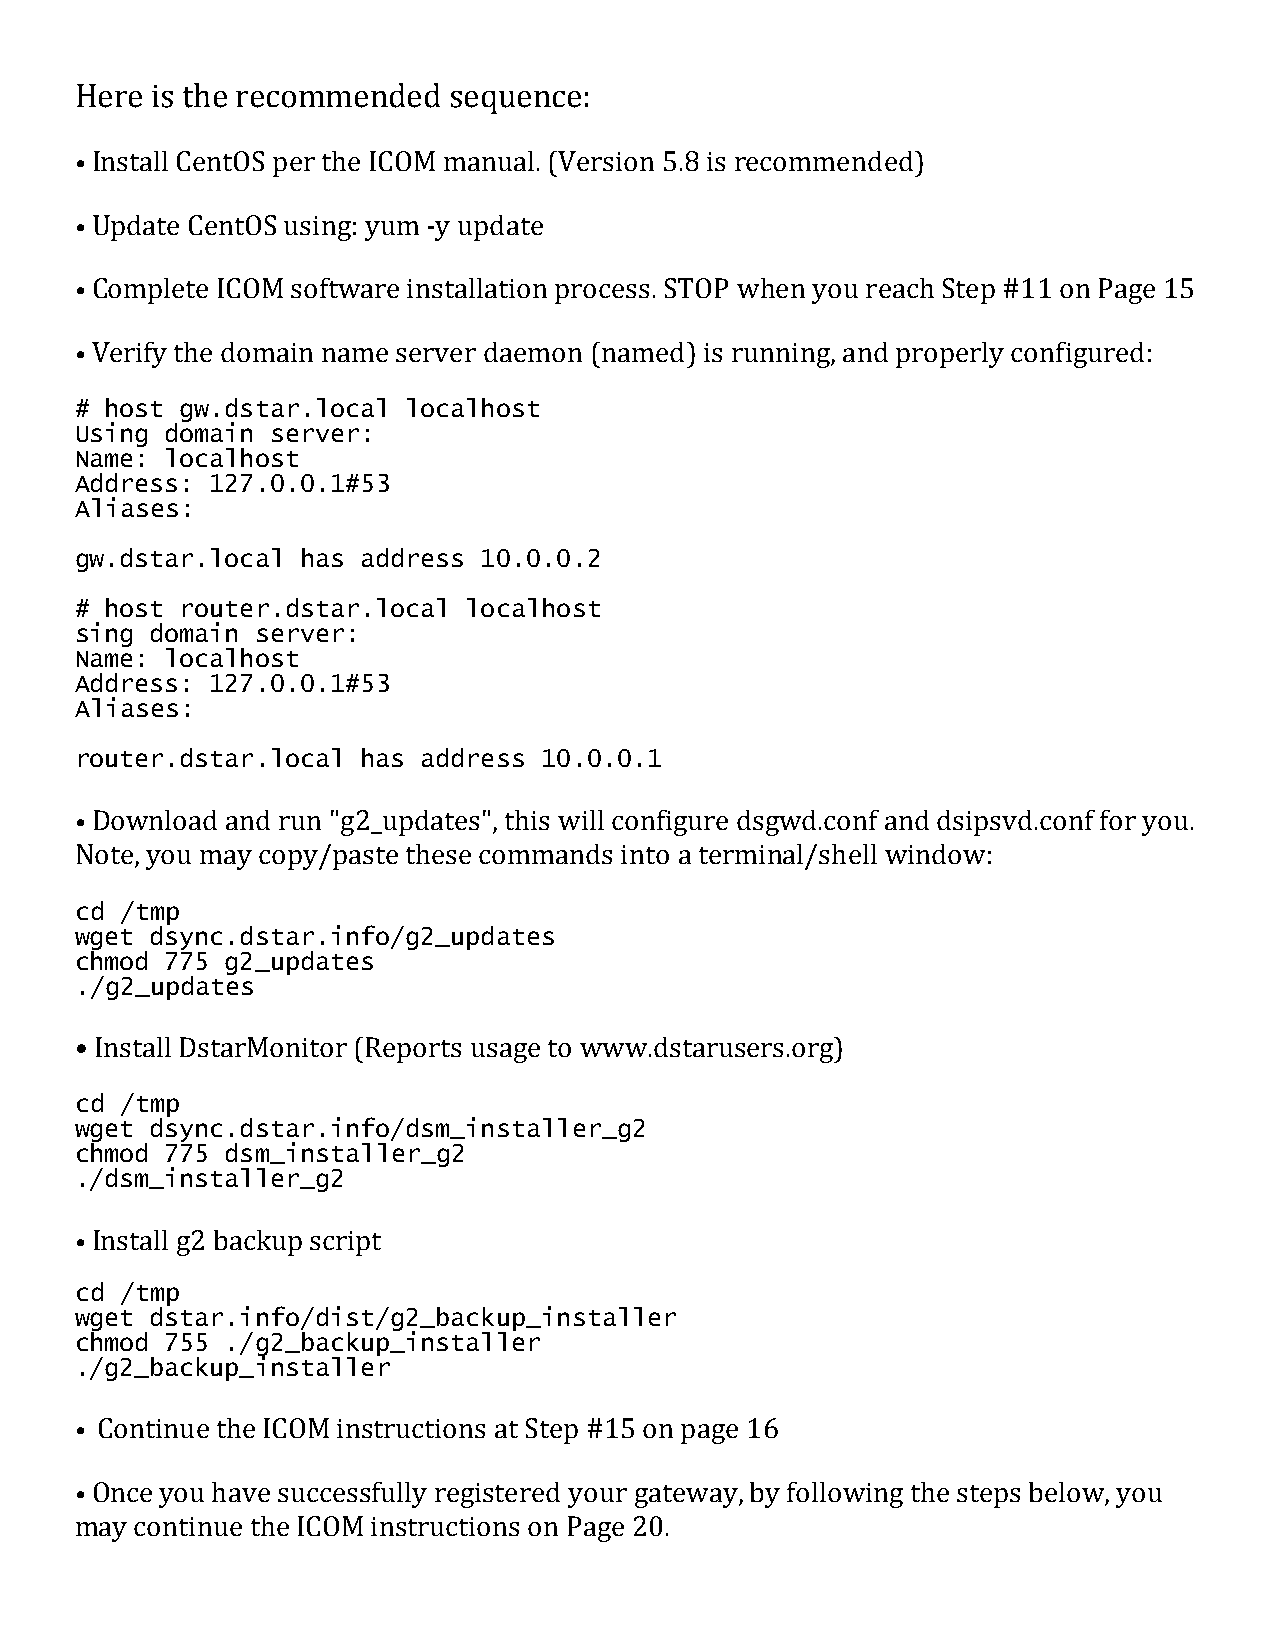
Here is the recommended  sequence:
 • Install CentOS per the ICOM manual. (Version 5.8 is recommended)
 • Update CentOS using: yum -y update
 • Complete ICOM software installation process. STOP when you reach Step #11 on Page 15
 • Verify the domain name server daemon (named) is running, and properly configured:
 # host gw.dstar.local localhost
 Using domain server:
 Name: localhost
 Address: 127.0.0.1#53
 Aliases:
 gw.dstar.local has address 10.0.0.2
 # host router.dstar.local localhost
 sing domain server:
 Name: localhost
 Address: 127.0.0.1#53
 Aliases:
 router.dstar.local has address 10.0.0.1
 • Download and run "g2_updates", this will configure dsgwd.conf and dsipsvd.conf for you.
 Note, you may copy/paste these commands into a terminal/shell window:
 cd /tmp
 wget dsync.dstar.info/g2_updates
 chmod 775 g2_updates
 ./g2_updates
 • Install DstarMonitor (Reports usage to www.dstarusers.org)
 cd /tmp
 wget dsync.dstar.info/dsm_installer_g2
 chmod 775 dsm_installer_g2
 ./dsm_installer_g2
 • Install g2 backup script
 cd /tmp
 wget dstar.info/dist/g2_backup_installer
 chmod 755 ./g2_backup_installer
 ./g2_backup_installer
 • Continue the ICOM instructions at Step #15 on page 16
 • Once you have successfully registered your gateway, by following the steps below, you
 may continue the ICOM instructions on Page 20.